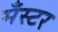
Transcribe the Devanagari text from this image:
मँस्टर